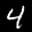
Label: 4